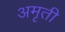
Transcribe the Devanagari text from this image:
अमृती